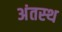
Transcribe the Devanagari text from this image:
अंतस्‍थ